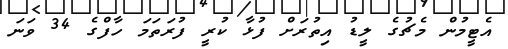
އެޓީމުން މެޗުގެ ލީޑު އިތުރަށް ފުޅާ ކުރީ ފުރަތަމަ ހާފްގެ 34 ވަނަ